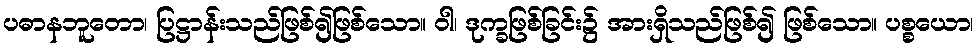
ပဓာနဘူတော၊ ပြဋ္ဌာန်းသည်ဖြစ်၍ဖြစ်သော။ ဝါ၊ ဒုက္ခဖြစ်ခြင်း၌ အားရှိသည်ဖြစ်၍ ဖြစ်သော။ ပစ္စယော၊